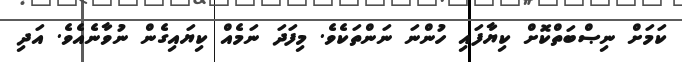
ކަމަށް ނިޞްބަތްކޮށް ކިޔާފައި ހުންނަ ނަންތަކެވެ. މިފަދަ ނަމެއް ކިޔައިގެން ނުވާނެއެވެ. އަދި